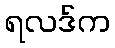
ရလဒ်က